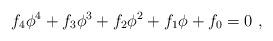
LaTeX: \begin{align*}f_4\phi^4+f_3\phi^3+f_2\phi^2+f_1\phi+f_0=0\ , \end{align*}